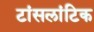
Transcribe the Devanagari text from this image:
टांसलांटिक